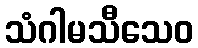
သံဂါမသီသေဝ